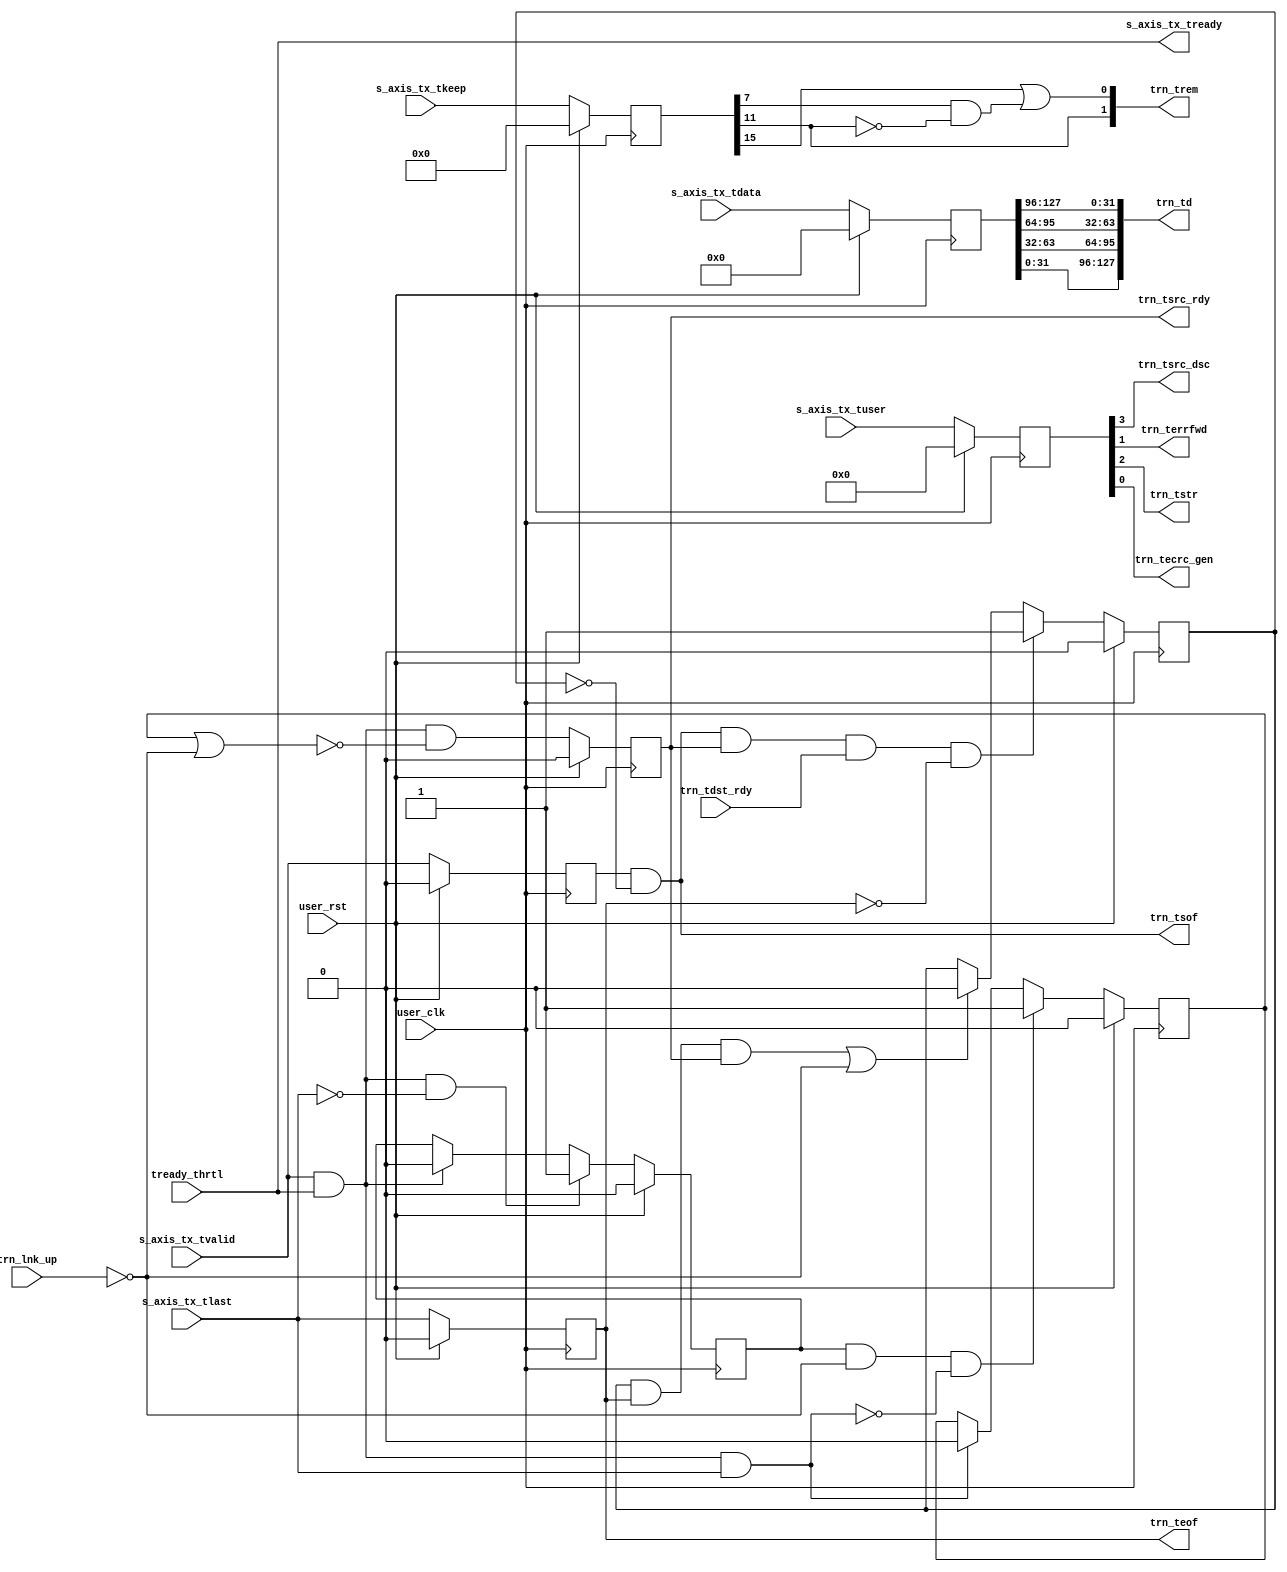
module PCIEBus_axi_basic_tx_pipeline #(
  parameter C_DATA_WIDTH = 128,           // RX/TX interface data width
  parameter C_PM_PRIORITY = "FALSE",      // Disable TX packet boundary thrtl
  parameter TCQ = 1,                      // Clock to Q time
  // Do not override parameters below this line
  parameter REM_WIDTH  = (C_DATA_WIDTH == 128) ? 2 : 1, // trem/rrem width
  parameter KEEP_WIDTH = C_DATA_WIDTH / 8               // KEEP width
  ) (
  // User Design I/O                             //
  // AXI TX
  input      [C_DATA_WIDTH-1:0] s_axis_tx_tdata,     // TX data from user
  input                         s_axis_tx_tvalid,    // TX data is valid
  output                        s_axis_tx_tready,    // TX ready for data
  input        [KEEP_WIDTH-1:0] s_axis_tx_tkeep,     // TX strobe byte enables
  input                         s_axis_tx_tlast,     // TX data is last
  input                   [3:0] s_axis_tx_tuser,     // TX user signals
  // PCIe Block I/O                              //
  // TRN TX
  output     [C_DATA_WIDTH-1:0] trn_td,              // TX data from block
  output                        trn_tsof,            // TX start of packet
  output                        trn_teof,            // TX end of packet
  output                        trn_tsrc_rdy,        // TX source ready
  input                         trn_tdst_rdy,        // TX destination ready
  output                        trn_tsrc_dsc,        // TX source discontinue
  output        [REM_WIDTH-1:0] trn_trem,            // TX remainder
  output                        trn_terrfwd,         // TX error forward
  output                        trn_tstr,            // TX streaming enable
  output                        trn_tecrc_gen,       // TX ECRC generate
  input                         trn_lnk_up,          // PCIe link up
  // System
  input                         tready_thrtl,        // TREADY from thrtl ctl
  input                         user_clk,            // user clock from block
  input                         user_rst             // user reset from block
);
// Input register stage
reg  [C_DATA_WIDTH-1:0] reg_tdata;
reg                     reg_tvalid;
reg    [KEEP_WIDTH-1:0] reg_tkeep;
reg               [3:0] reg_tuser;
reg                     reg_tlast;
reg                     reg_tready;
// Pipeline utility signals
reg                     trn_in_packet;
reg                     axi_in_packet;
reg                     flush_axi;
wire                    disable_trn;
reg                     reg_disable_trn;
wire                    axi_beat_live  = s_axis_tx_tvalid && s_axis_tx_tready;
wire                    axi_end_packet = axi_beat_live && s_axis_tx_tlast;
// Convert TRN data format to AXI data format. AXI is DWORD swapped from TRN. //
// 128-bit:                 64-bit:                  32-bit:                  //
// TRN DW0 maps to AXI DW3  TRN DW0 maps to AXI DW1  TNR DW0 maps to AXI DW0  //
// TRN DW1 maps to AXI DW2  TRN DW1 maps to AXI DW0                           //
// TRN DW2 maps to AXI DW1                                                    //
// TRN DW3 maps to AXI DW0                                                    //
generate
  if(C_DATA_WIDTH == 128) begin : td_DW_swap_128
    assign trn_td = {reg_tdata[31:0],
                     reg_tdata[63:32],
                     reg_tdata[95:64],
                     reg_tdata[127:96]};
  end
  else if(C_DATA_WIDTH == 64) begin : td_DW_swap_64
    assign trn_td = {reg_tdata[31:0], reg_tdata[63:32]};
  end
  else begin : td_DW_swap_32
    assign trn_td = reg_tdata;
  end
endgenerate
// Create trn_tsof. If we're not currently in a packet and TVALID goes high,  //
// assert TSOF.                                                               //
assign trn_tsof = reg_tvalid && !trn_in_packet;
// Create trn_in_packet. This signal tracks if the TRN interface is currently //
// in the middle of a packet, which is needed to generate trn_tsof            //
always @(posedge user_clk) begin
  if(user_rst) begin
    trn_in_packet <= #TCQ 1'b0;
  end
  else begin
    if(trn_tsof && trn_tsrc_rdy && trn_tdst_rdy && !trn_teof) begin
      trn_in_packet <= #TCQ 1'b1;
    end
    else if((trn_in_packet && trn_teof && trn_tsrc_rdy) || !trn_lnk_up) begin
      trn_in_packet <= #TCQ 1'b0;
    end
  end
end
// Create axi_in_packet. This signal tracks if the AXI interface is currently //
// in the middle of a packet, which is needed in case the link goes down.     //
always @(posedge user_clk) begin
  if(user_rst) begin
    axi_in_packet <= #TCQ 1'b0;
  end
  else begin
    if(axi_beat_live && !s_axis_tx_tlast) begin
      axi_in_packet <= #TCQ 1'b1;
    end
    else if(axi_beat_live) begin
      axi_in_packet <= #TCQ 1'b0;
    end
  end
end
// Create disable_trn. This signal asserts when the link goes down and        //
// triggers the deassertiong of trn_tsrc_rdy. The deassertion of disable_trn  //
// depends on C_PM_PRIORITY, as described below.                              //
generate
  // In the C_PM_PRIORITY pipeline, we disable the TRN interfacefrom the time
  // the link goes down until the the AXI interface is ready to accept packets
  // again (via assertion of TREADY). By waiting for TREADY, we allow the
  // previous value buffer to fill, so we're ready for any throttling by the
  // user or the block.
  if(C_PM_PRIORITY == "TRUE") begin : pm_priority_trn_flush
    always @(posedge user_clk) begin
      if(user_rst) begin
        reg_disable_trn    <= #TCQ 1'b1;
      end
      else begin
        // When the link goes down, disable the TRN interface.
        if(!trn_lnk_up)
        begin
          reg_disable_trn  <= #TCQ 1'b1;
        end
        // When the link comes back up and the AXI interface is ready, we can
        // release the pipeline and return to normal operation.
        else if(!flush_axi && s_axis_tx_tready) begin
          reg_disable_trn <= #TCQ 1'b0;
        end
      end
    end
    assign disable_trn = reg_disable_trn;
  end
  // In the throttle-controlled pipeline, we don't have a previous value buffer.
  // The throttle control mechanism handles TREADY, so all we need to do is
  // detect when the link goes down and disable the TRN interface until the link
  // comes back up and the AXI interface is finished flushing any packets.
  else begin : thrtl_ctl_trn_flush
    always @(posedge user_clk) begin
      if(user_rst) begin
        reg_disable_trn    <= #TCQ 1'b0;
      end
      else begin
        // If the link is down and AXI is in packet, disable TRN and look for
        // the end of the packet
        if(axi_in_packet && !trn_lnk_up && !axi_end_packet)
        begin
          reg_disable_trn  <= #TCQ 1'b1;
        end
        // AXI packet is ending, so we're done flushing
        else if(axi_end_packet) begin
          reg_disable_trn <= #TCQ 1'b0;
        end
      end
    end
    // Disable the TRN interface if link is down or we're still flushing the AXI
    // interface.
    assign disable_trn = reg_disable_trn || !trn_lnk_up;
  end
endgenerate
// Convert STRB to RREM. Here, we are converting the encoding method for the  //
// location of the EOF from AXI (tkeep) to TRN flavor (rrem).                 //
generate
  if(C_DATA_WIDTH == 128) begin : tkeep_to_trem_128
    // Conversion table:                     //
    // trem    | tkeep                       //
    // [1] [0] | [15:12] [11:8] [7:4] [3:0]  //
    //  1   1  |   D3      D2    D1    D0    //
    //  1   0  |   --      D2    D1    D0    //
    //  0   1  |   --      --    D1    D0    //
    //  0   0  |   --      --    --    D0    //
    wire   axi_DW_1    = reg_tkeep[7];
    wire   axi_DW_2    = reg_tkeep[11];
    wire   axi_DW_3    = reg_tkeep[15];
    assign trn_trem[1] = axi_DW_2;
    assign trn_trem[0] = axi_DW_3 || (axi_DW_1 && !axi_DW_2);
  end
  else if(C_DATA_WIDTH == 64) begin : tkeep_to_trem_64
    assign trn_trem    = reg_tkeep[7];
  end
  else begin : tkeep_to_trem_32
    assign trn_trem    = 1'b0;
  end
endgenerate
// Create remaining TRN signals                                               //
assign trn_teof      = reg_tlast;
assign trn_tecrc_gen = reg_tuser[0];
assign trn_terrfwd   = reg_tuser[1];
assign trn_tstr      = reg_tuser[2];
assign trn_tsrc_dsc  = reg_tuser[3];
// Pipeline stage                                                             //
// We need one of two approaches for the pipeline stage depending on the
// C_PM_PRIORITY parameter.
generate
  reg reg_tsrc_rdy;
  // If set to FALSE, that means the user wants to use the TX packet boundary
  // throttling feature. Since all Block throttling will now be predicted, we
  // can use a simple straight-through pipeline.
  if(C_PM_PRIORITY == "FALSE") begin : throttle_ctl_pipeline
    always @(posedge user_clk) begin
      if(user_rst) begin
        reg_tdata        <= #TCQ {C_DATA_WIDTH{1'b0}};
        reg_tvalid       <= #TCQ 1'b0;
        reg_tkeep        <= #TCQ {KEEP_WIDTH{1'b0}};
        reg_tlast        <= #TCQ 1'b0;
        reg_tuser        <= #TCQ 4'h0;
        reg_tsrc_rdy     <= #TCQ 1'b0;
      end
      else begin
        reg_tdata        <= #TCQ s_axis_tx_tdata;
        reg_tvalid       <= #TCQ s_axis_tx_tvalid;
        reg_tkeep        <= #TCQ s_axis_tx_tkeep;
        reg_tlast        <= #TCQ s_axis_tx_tlast;
        reg_tuser        <= #TCQ s_axis_tx_tuser;
        // Hold trn_tsrc_rdy low when flushing a packet.
        reg_tsrc_rdy     <= #TCQ axi_beat_live && !disable_trn;
      end
    end
    assign trn_tsrc_rdy = reg_tsrc_rdy;
    // With TX packet boundary throttling, TREADY is pipelined in
    // axi_basic_tx_thrtl_ctl and wired through here.
    assign s_axis_tx_tready = tready_thrtl;
  end
  // If C_PM_PRIORITY is set to TRUE, that means the user prefers to have all PM
  // functionality intact isntead of TX packet boundary throttling. Now the
  // Block could back-pressure at any time, which creates the standard problem
  // of potential data loss due to the handshaking latency. Here we need a
  // previous value buffer, just like the RX data path.
  else begin : pm_prioity_pipeline
    reg  [C_DATA_WIDTH-1:0] tdata_prev;
    reg                     tvalid_prev;
    reg    [KEEP_WIDTH-1:0] tkeep_prev;
    reg                     tlast_prev;
    reg               [3:0] tuser_prev;
    reg                     reg_tdst_rdy;
    wire                    data_hold;
    reg                     data_prev;
    // Previous value buffer                                                  //
    // We are inserting a pipeline stage in between AXI and TRN, which causes //
    // some issues with handshaking signals trn_tsrc_rdy/s_axis_tx_tready.    //
    // The added cycle of latency in the path causes the Block to fall behind //
    // the AXI interface whenever it throttles.                               //
    // To avoid loss of data, we must keep the previous value of all          //
    // s_axis_tx_* signals in case the Block throttles.                       //
    always @(posedge user_clk) begin
      if(user_rst) begin
        tdata_prev   <= #TCQ {C_DATA_WIDTH{1'b0}};
        tvalid_prev  <= #TCQ 1'b0;
        tkeep_prev   <= #TCQ {KEEP_WIDTH{1'b0}};
        tlast_prev   <= #TCQ 1'b0;
        tuser_prev   <= #TCQ 4'h 0;
      end
      else begin
        // prev buffer works by checking s_axis_tx_tready. When
        // s_axis_tx_tready is asserted, a new value is present on the
        // interface.
        if(!s_axis_tx_tready) begin
          tdata_prev   <= #TCQ tdata_prev;
          tvalid_prev  <= #TCQ tvalid_prev;
          tkeep_prev   <= #TCQ tkeep_prev;
          tlast_prev   <= #TCQ tlast_prev;
          tuser_prev   <= #TCQ tuser_prev;
        end
        else begin
          tdata_prev   <= #TCQ s_axis_tx_tdata;
          tvalid_prev  <= #TCQ s_axis_tx_tvalid;
          tkeep_prev   <= #TCQ s_axis_tx_tkeep;
          tlast_prev   <= #TCQ s_axis_tx_tlast;
          tuser_prev   <= #TCQ s_axis_tx_tuser;
        end
      end
    end
    // Create special buffer which locks in the proper value of TDATA depending
    // on whether the user is throttling or not. This buffer has three states:
    //       HOLD state: TDATA maintains its current value
    //   PREVIOUS state: the buffer provides the previous value on TDATA
    //                     behind the user
    //    CURRENT state: the buffer passes the current value on TDATA
    //                     latest data from the user
    always @(posedge user_clk) begin
      if(user_rst) begin
        reg_tdata  <= #TCQ {C_DATA_WIDTH{1'b0}};
        reg_tvalid <= #TCQ 1'b0;
        reg_tkeep  <= #TCQ {KEEP_WIDTH{1'b0}};
        reg_tlast  <= #TCQ 1'b0;
        reg_tuser  <= #TCQ 4'h0;
        reg_tdst_rdy <= #TCQ 1'b0;
      end
      else begin
        reg_tdst_rdy <= #TCQ trn_tdst_rdy;
        if(!data_hold) begin
          // PREVIOUS state
          if(data_prev) begin
            reg_tdata  <= #TCQ tdata_prev;
            reg_tvalid <= #TCQ tvalid_prev;
            reg_tkeep  <= #TCQ tkeep_prev;
            reg_tlast  <= #TCQ tlast_prev;
            reg_tuser  <= #TCQ tuser_prev;
          end
          // CURRENT state
          else begin
            reg_tdata  <= #TCQ s_axis_tx_tdata;
            reg_tvalid <= #TCQ s_axis_tx_tvalid;
            reg_tkeep  <= #TCQ s_axis_tx_tkeep;
            reg_tlast  <= #TCQ s_axis_tx_tlast;
            reg_tuser  <= #TCQ s_axis_tx_tuser;
          end
        end
        // else HOLD state
      end
    end
    // Logic to instruct pipeline to hold its value
    assign data_hold = trn_tsrc_rdy && !trn_tdst_rdy;
    // Logic to instruct pipeline to use previous bus values. Always use
    // previous value after holding a value.
    always @(posedge user_clk) begin
      if(user_rst) begin
        data_prev <= #TCQ 1'b0;
      end
      else begin
        data_prev <= #TCQ data_hold;
      end
    end
    // Create trn_tsrc_rdy. If we're flushing the TRN hold trn_tsrc_rdy low.  //
    assign trn_tsrc_rdy = reg_tvalid && !disable_trn;
    // Create TREADY                                                          //
    always @(posedge user_clk) begin
      if(user_rst) begin
        reg_tready <= #TCQ 1'b0;
      end
      else begin
        // If the link went down and we need to flush a packet in flight, hold
        // TREADY high
        if(flush_axi && !axi_end_packet) begin
          reg_tready <= #TCQ 1'b1;
        end
        // If the link is up, TREADY is as follows:
        //   TREADY = 1 when trn_tsrc_rdy == 0
        //        packet
        //   TREADY = trn_tdst_rdy when trn_tsrc_rdy == 1
        else if(trn_lnk_up) begin
          reg_tready <= #TCQ trn_tdst_rdy || !trn_tsrc_rdy;
        end
        // If the link is down and we're not flushing a packet, hold TREADY low
        // wait for link to come back up
        else begin
          reg_tready <= #TCQ 1'b0;
        end
      end
    end
    assign s_axis_tx_tready = reg_tready;
  end
  // Create flush_axi. This signal detects if the link goes down while the    //
  // AXI interface is in packet. In this situation, we need to flush the      //
  // packet through the AXI interface and discard it.                         //
  always @(posedge user_clk) begin
    if(user_rst) begin
      flush_axi    <= #TCQ 1'b0;
    end
    else begin
      // If the AXI interface is in packet and the link goes down, purge it.
      if(axi_in_packet && !trn_lnk_up && !axi_end_packet) begin
        flush_axi <= #TCQ 1'b1;
      end
      // The packet is finished, so we're done flushing.
      else if(axi_end_packet) begin
        flush_axi <= #TCQ 1'b0;
      end
    end
  end
endgenerate
endmodule